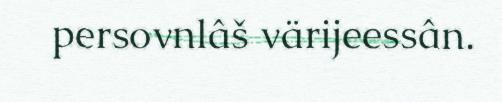
persovnlâš värijeessân.